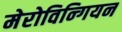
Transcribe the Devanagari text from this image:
मेरोविन्गियन